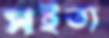
সইত্য